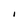
Character: l